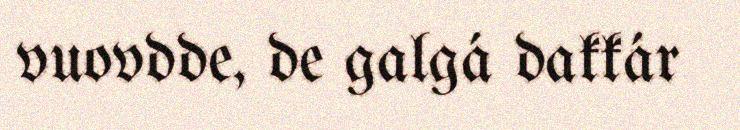
vuovdde, de galgá dakkár